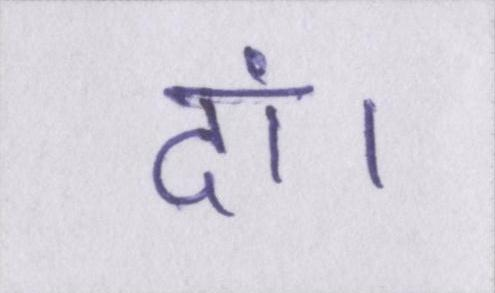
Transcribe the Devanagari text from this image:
दां।